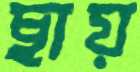
ছায়